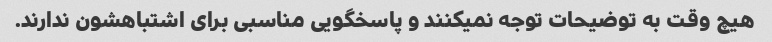
هیچ وقت به توضیحات توجه نمیکنند و پاسخگویی مناسبی برای اشتباهشون ندارند.